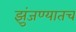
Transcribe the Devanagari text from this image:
झुंजण्यातच